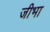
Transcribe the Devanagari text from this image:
जीभा